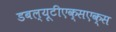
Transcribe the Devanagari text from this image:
डबल्यूटीएक्सएक्स